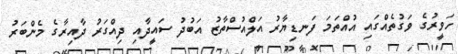
ހަވީރުގެ ވަގުތެއްގައި އުއްތަމަ ފަނޑިޔާރު އަލްއުސްތާޒު އަބުދު ސައީދާއި ދިއްގަރު ދާއިރާގެ މެންބަރު